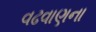
વઢવાણના